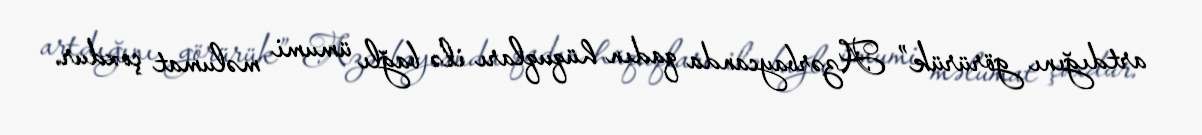
artdığını görürük” Azərbaycanda qadın hüquqları ilə bağlı ümumi məlumat çoxdur.